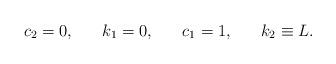
LaTeX: \begin{align*}c_2=0,\;\;\;\;\;\;k_1=0,\;\;\;\;\;\;c_1=1,\;\;\;\;\;\;k_2\equiv L.\end{align*}